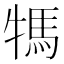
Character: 𤚴